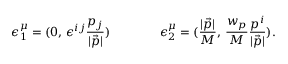
\epsilon _ { 1 } ^ { \mu } = ( 0 , \, \epsilon ^ { i j } \frac { { p } _ { j } } { | \vec { p } | } ) \qquad \qquad \epsilon _ { 2 } ^ { \mu } = ( \frac { | \vec { p } | } { M } , \, \frac { w _ { p } } { M } \frac { { p } ^ { i } } { | \vec { p } | } ) .